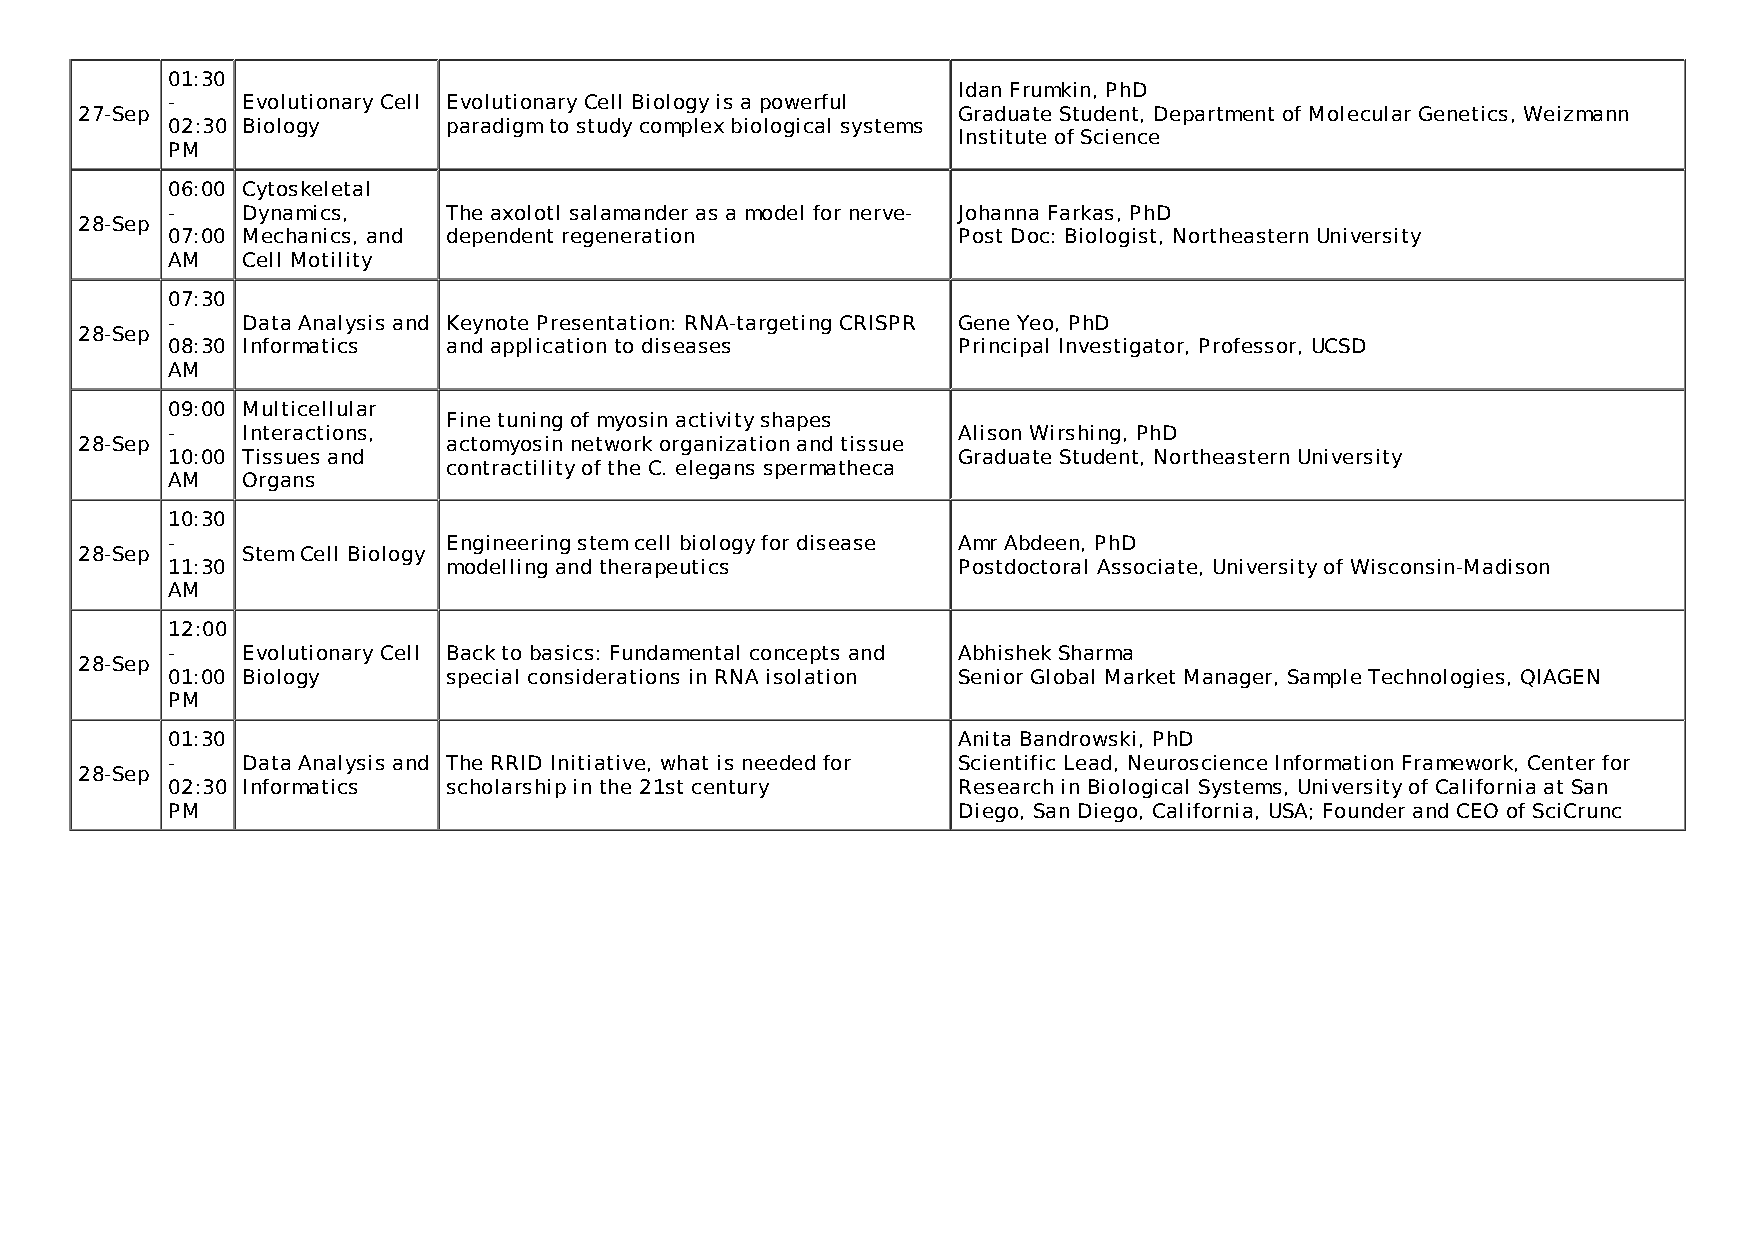
01:30
 Idan Frumkin, PhD
 -    Evolutionary Cell Evolutionary Cell Biology is a powerful
 27-Sep                                                    Graduate Student, Department of Molecular Genetics, Weizmann
 02:30 Biology      paradigm to study complex biological systems
 Institute of Science
 PM
 06:00 Cytoskeletal
 -    Dynamics,     The axolotl salamander as a model for nerve- Johanna Farkas, PhD
 28-Sep
 07:00 Mechanics, and dependent regeneration         Post Doc: Biologist, Northeastern University
 AM   Cell Motility
 07:30
 -    Data Analysis and Keynote Presentation: RNA-targeting CRISPR Gene Yeo, PhD
 28-Sep
 08:30 Informatics  and application to diseases      Principal Investigator, Professor, UCSD
 AM
 09:00 Multicellular
 Fine tuning of myosin activity shapes
 -    Interactions,                                  Alison Wirshing, PhD
 28-Sep                   actomyosin network organization and tissue
 10:00 Tissues and                                   Graduate Student, Northeastern University
 contractility of the C. elegans spermatheca
 AM   Organs
 10:30
 -                  Engineering stem cell biology for disease Amr Abdeen, PhD
 28-Sep     Stem Cell Biology
 11:30              modelling and therapeutics       Postdoctoral Associate, University of Wisconsin-Madison
 AM
 12:00
 -    Evolutionary Cell Back to basics: Fundamental concepts and Abhishek Sharma
 28-Sep
 01:00 Biology      special considerations in RNA isolation Senior Global Market Manager, Sample Technologies, QIAGEN
 PM
 01:30                                               Anita Bandrowski, PhD
 -    Data Analysis and The RRID Initiative, what is needed for Scientific Lead, Neuroscience Information Framework, Center for
 28-Sep
 02:30 Informatics  scholarship in the 21st century  Research in Biological Systems, University of California at San
 PM                                                  Diego, San Diego, California, USA; Founder and CEO of SciCrunc